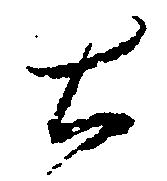
土